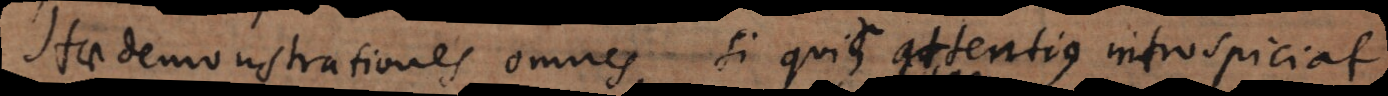
Hae demonstrationes omnes, si quis attentius introspiciat